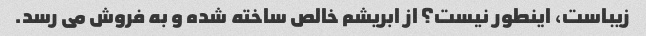
زیباست، اینطور نیست؟ از ابریشم خالص ساخته شده و به فروش می رسد.